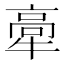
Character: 𤚸